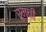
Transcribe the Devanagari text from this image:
रूमची